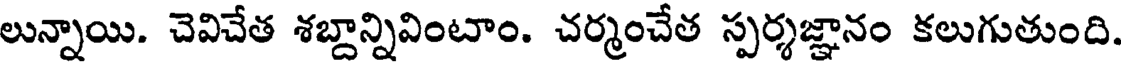
లున్నాయి. చెవిచేత శబ్దాన్నివింటాం. చర్మంచేత స్పర్శజ్ఞానం కలుగుతుంది.